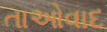
તાઓવાદ